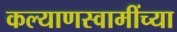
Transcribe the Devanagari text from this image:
कल्याणस्वामींच्या